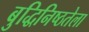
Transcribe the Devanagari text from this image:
बुद्धिनिष्ठतेला